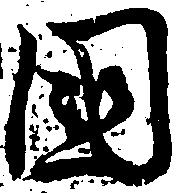
国